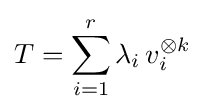
T=\sum _{i=1}^{r}\lambda _{i}\,v_{i}^{\otimes k}